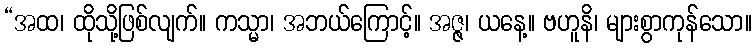
“အထ၊ ထိုသို့ဖြစ်လျက်။ ကသ္မာ၊ အဘယ်ကြောင့်။ အဇ္ဇ၊ ယနေ့။ ဗဟူနိ၊ များစွာကုန်သော။